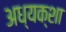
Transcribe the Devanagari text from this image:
अध्यक्शा